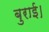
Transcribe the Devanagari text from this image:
बुराई।